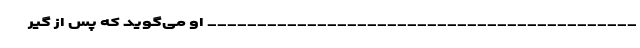
___________________________________________ او می‌گوید که پس از گیر